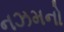
નઝમનો